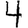
Digit: 4